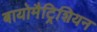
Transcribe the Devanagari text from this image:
बायोमैट्रिशियन